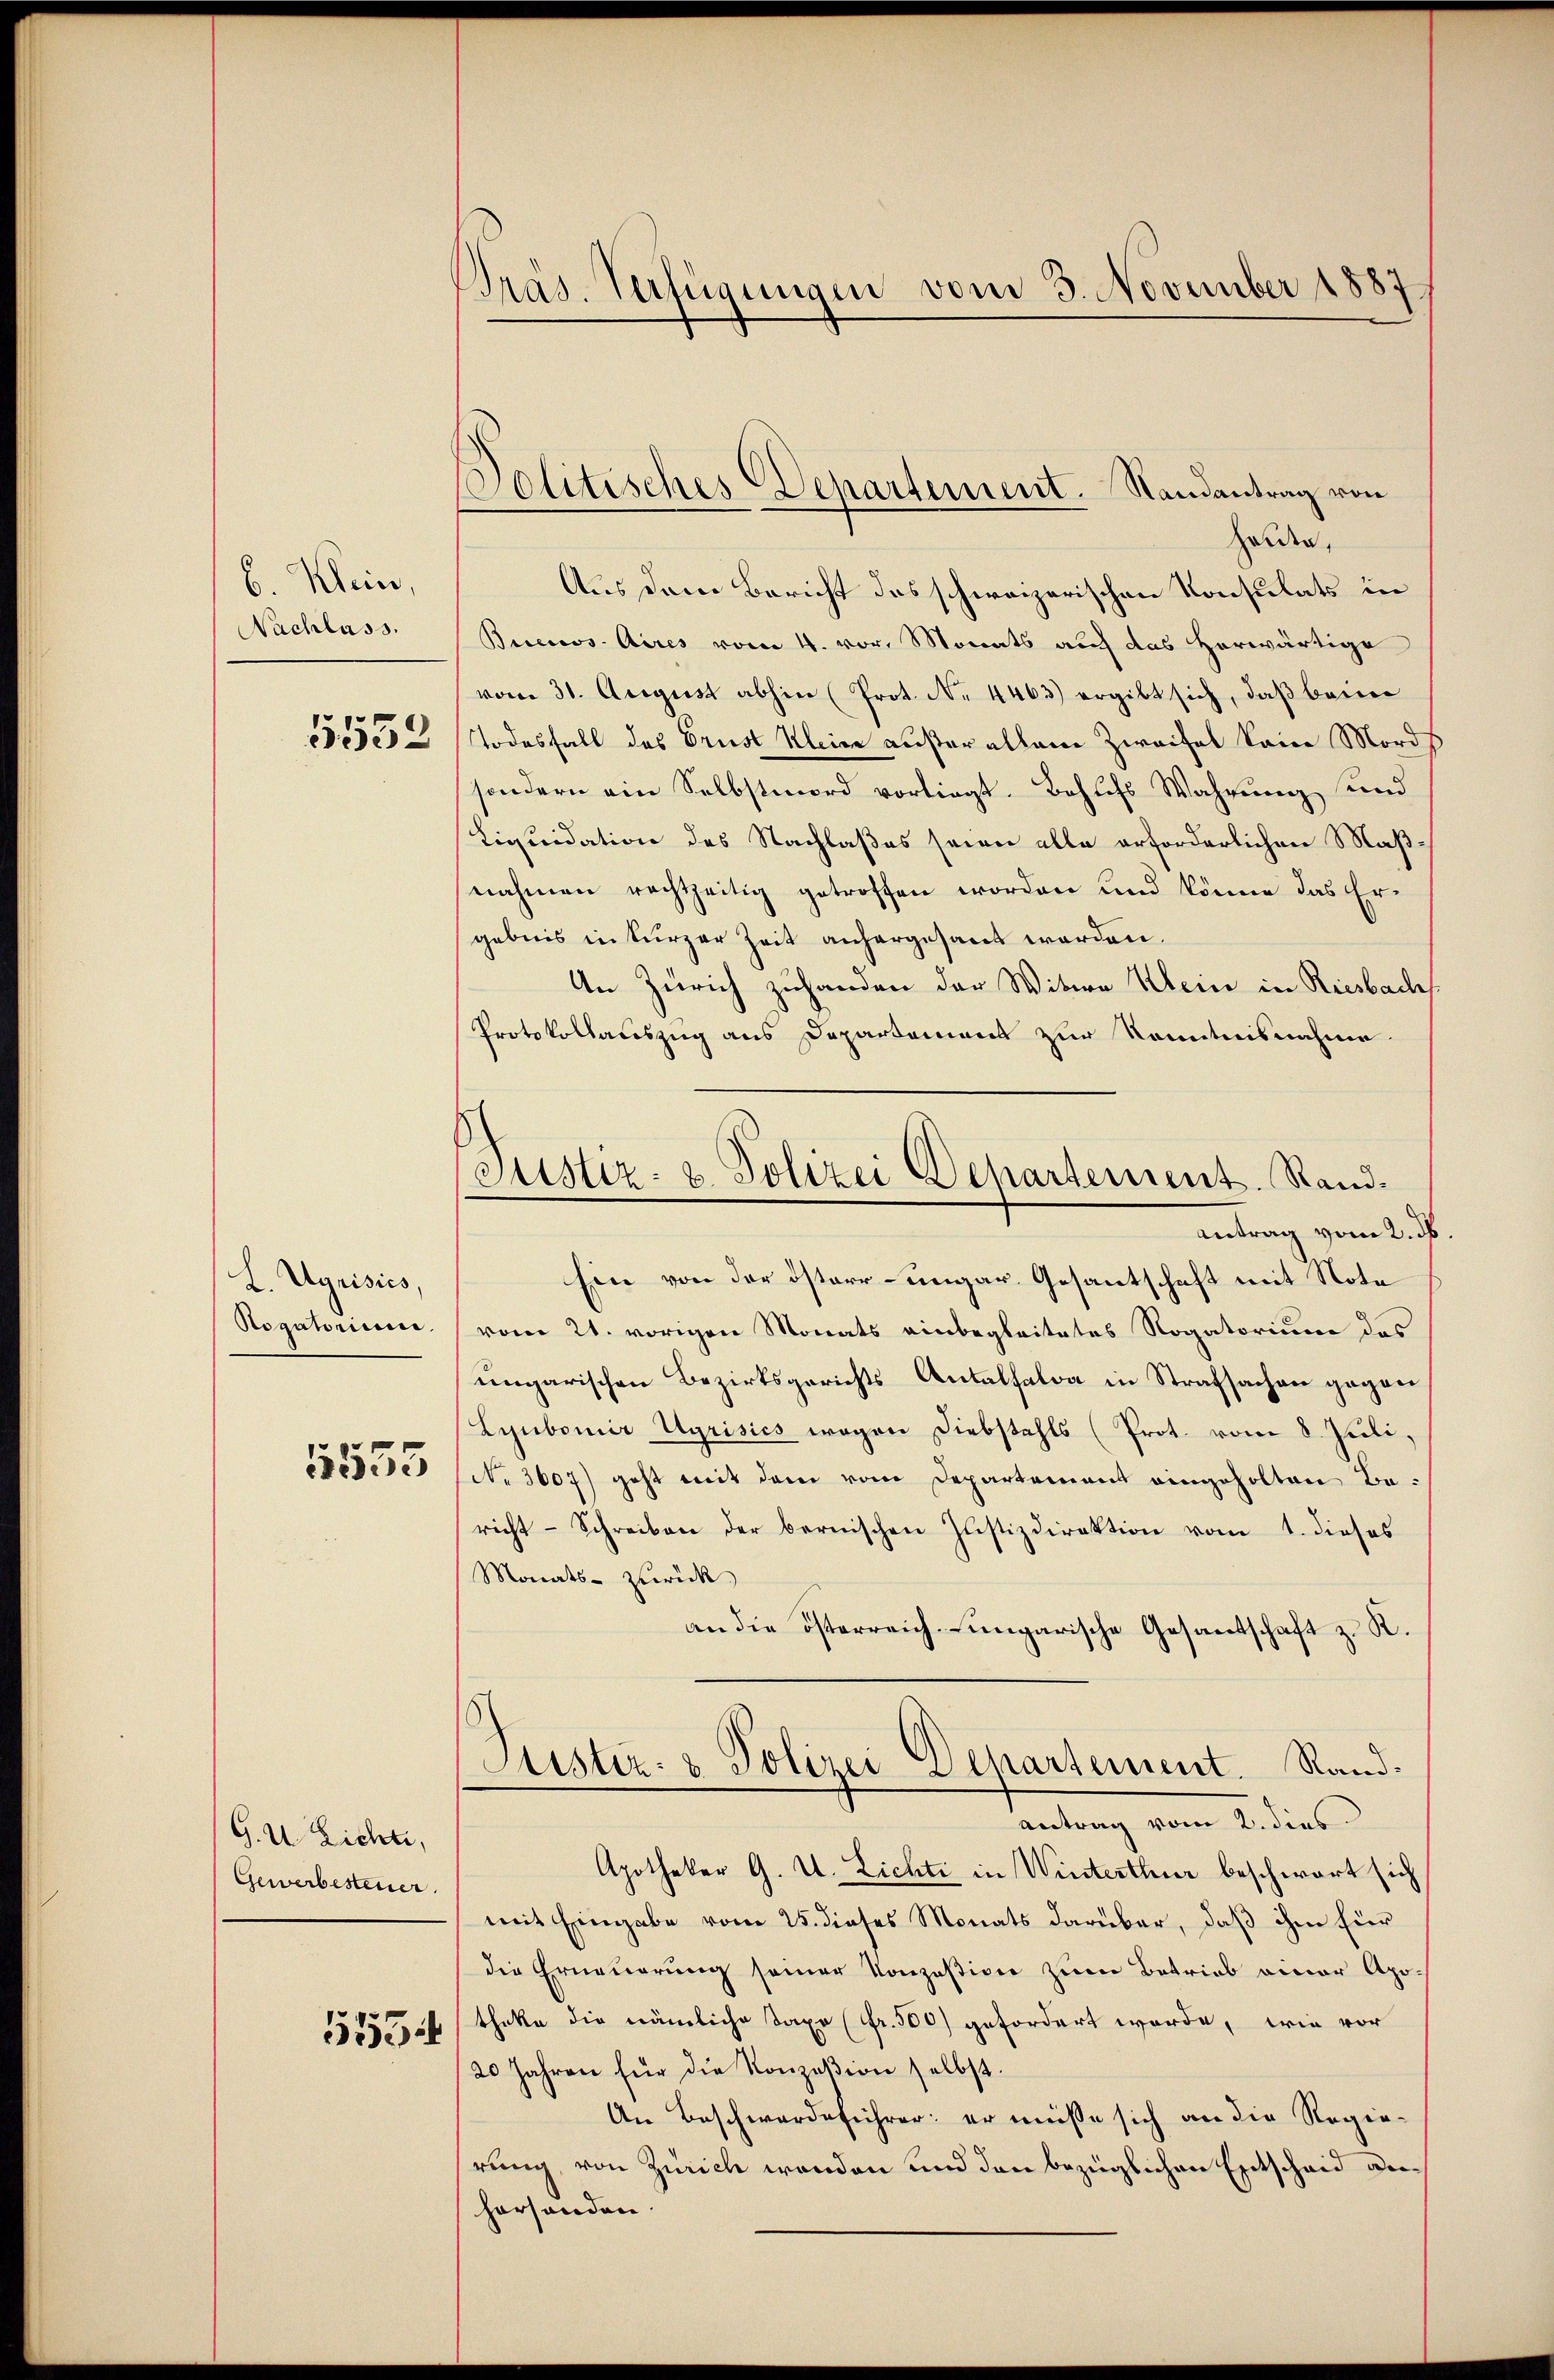
b. Klein,
Nachlass.
5552

L. Ugrisico,
Rogatorium.

1553

G. U. Lichte,
Gewerbesteuer

5534

Präs. Verfügungen vom 3. November 1887

holden,
Aus dem Bericht des schweizerischen Konsulats in
Buenos-Aires vom 4. vor. Monats auch das herwärtige
vom 31. August abhin (Prot. N. 4463) ergibt sich, daß beime
Todesfall des Brust Kleine außer allem Zweifel kein Mord
sondern ein Selbstmord vorliegt. Behufs Wahrung und
Liquidation des Nachlaßes seien alle erforderlichen Maßnahmen rechtzeitig getroffen worden und könne das Ergebnis in kurzer Zeit anhergesant werden.
An Zürich zuhanden der Witwe Klein in Riesbach
Protokollauszug aus Departement zur Kenntnisnahme.
Ein von der östarr-ungar. Gesantschaft mit Note
vom 21. vorigen Monats einbegleitetes Rogatorium des
ungarischen Bezirksgerichts Antalsalva in Strafsachen gegen
Lyubomir Ugrisics wegen Diebstahls (Prot. vom 8. Juli,
No 3607) geht mit dem vom Departement eingeholten Bericht - Schreiben der bernischen Justizdirektion vom 1. dieses
Monats- zurück
an die österreich-ungarische Gesantschaft z. R.
Justiz- & Polizei Departement. Rand.
antrag vom 2. dies
Apotheker G. V. Lichti in Winterthur beschwart sich
mit Eingabe vom 25. dieses Monats darüber, daß ihm hier
die Erneuerung seiner Konzesion zum Betrieb einer Apotheke die nämliche Saxo (Fr. 500) gefordert werde, wie vor
20 Jahren für die Konzesion selbst.
An Beschwerdeführer: er müsse sich an die Regierung, von Zürich werden und den bezüglichen Entscheid derhorhanden.

Jolitisches Departement. Randantrag von

Justiz- u. Polizei Departement. Rand¬
Antrag vom 2. ds